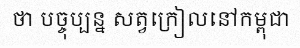
ថា បច្ចុប្បន្ន សត្វក្រៀលនៅកម្ពុជា